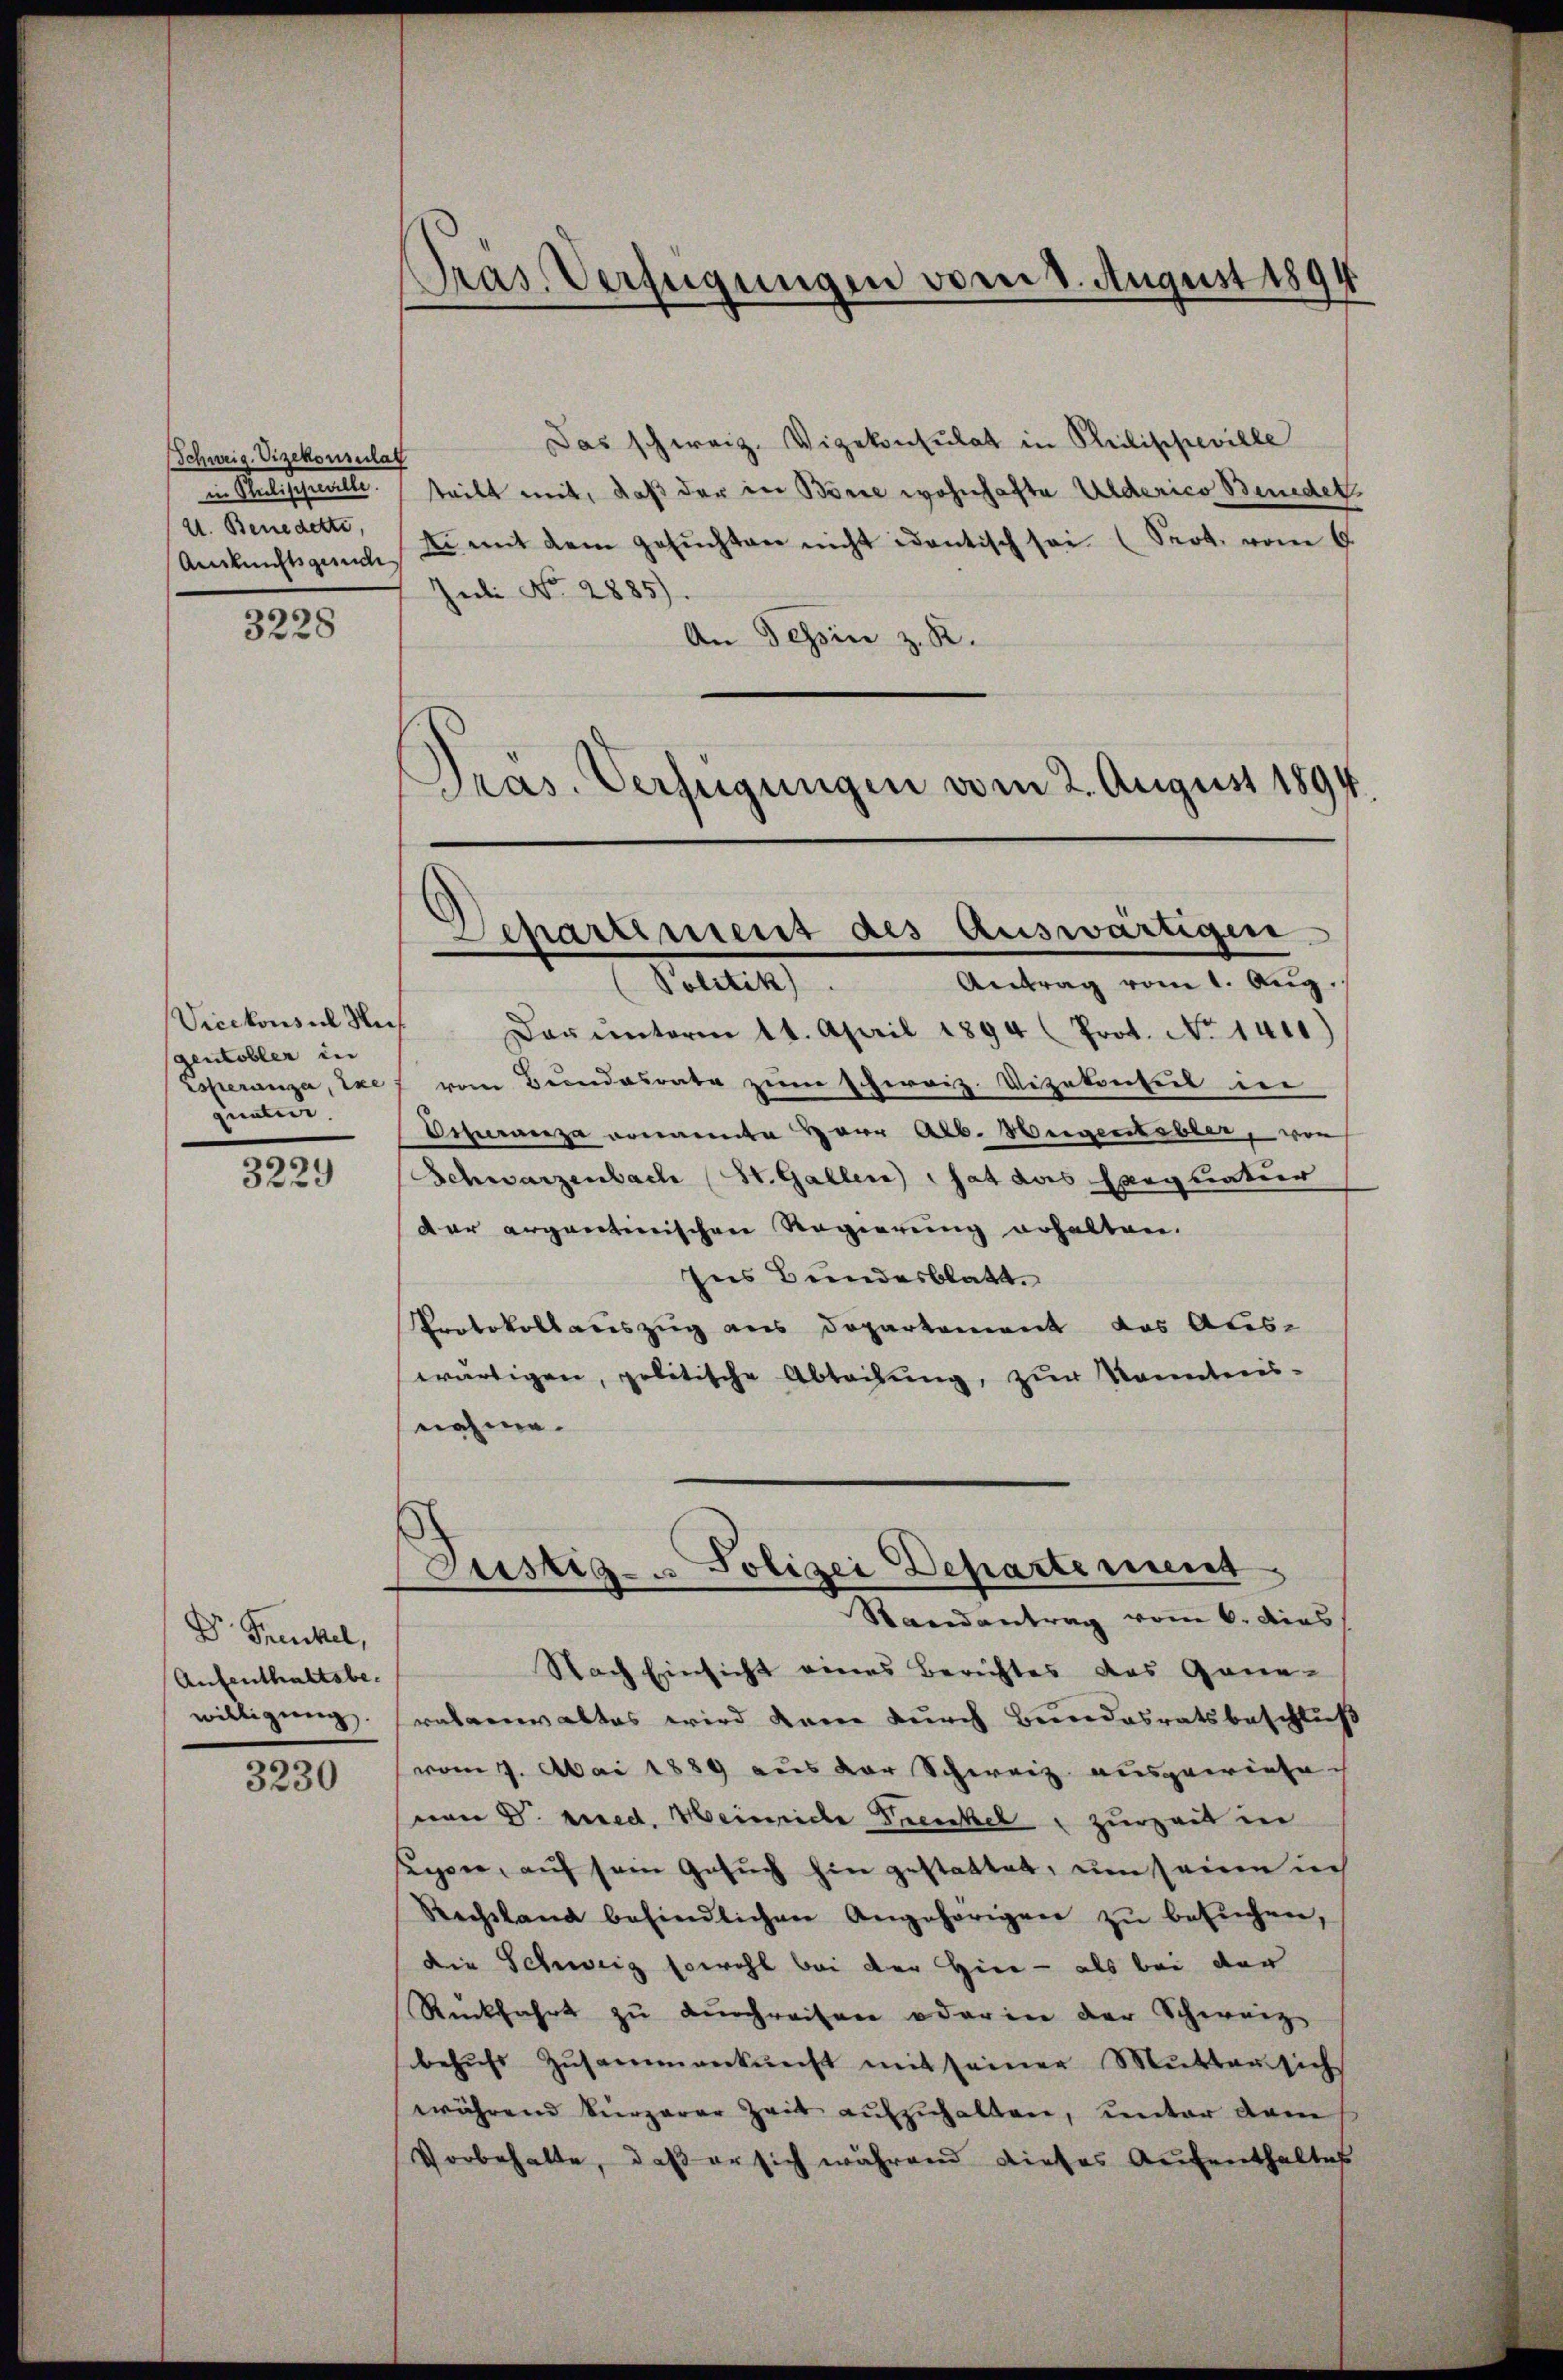
Schweig. Vizekonsulat
in Realischeint.
V. Benedetti,
Auskunftsgesche

3228

Vicekonsul Hi
gentobler in
Esperanza, exe
quaten.

3229

Dr. Frenkel,
Aufenthaltsbewilligung

3230

Pras. Verfügungen vom 8. August 1894

Das schweiz. Vizekonsulat in Philippeville
teilt mit, daß der in Börse wohnhafte Ulderico Benedet.
E. mit dem gesuchten nicht identisch sei (Seot. vom 6.
Jubi No 2885)
An Tessin z. R.
Pras. Verfügungen vom 2. August 1894.

Politik)
Antrag vom 1. Aŭg.
Dar ŭnterm 11. April 1894 (Prot. No 1410)
von Bundesrate zum Schirriz. Vizekontus in
za nannte Herr Alb. Weigentobler, von
Schwarzenbach (St. Gallen hat das Exequatur
der argantinischen Regierung erhalten.
Ins Bundesblatt.
Protokollauszug aus Departement das Auswärtigen, politische Abteilung, zur Konntenisnahme.

Separtinient des Auswärtigen

Justig- u Polizei Departement
Randantrag vom 6. dies

Nach Einsicht eines Berichtes das Gene-
rabanwaltes wird kam durch Bundesratsbeschluß
vom 7. Mai 1889 aus der Schweiz ausgewiese
von V. pied. Heinriche Trenkel zurzeit in
sapper, auf sein Gesuch hin gestattet, um seine ic
Rechtland befindlichen Angehörigen zŭ besŭchen,
die Schweiz sowohl bei der Hier - als bei der
Rückfahrt zŭ dŭrchreisen oder in der Schweiz
behŭfs Zŭsammenkunft mit seiner Mŭtter sich
während kürzerer Zeit aufzuhalten, unter dam
Vorbehalte, daß er sich während dieses Aufenthaltes